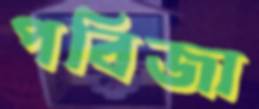
পবিজা